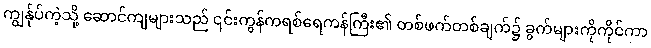
ကျွန်ုပ်ကဲ့သို့ ဆောင်ကျများသည် ၎င်းကွန်ကရစ်ရေကန်ကြီး၏ တစ်ဖက်တစ်ချက်၌ ခွက်များကိုကိုင်ကာ